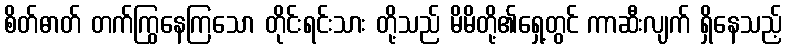
စိတ်ဓာတ် တက်ကြွနေကြသော တိုင်းရင်းသား တို့သည် မိမိတို့၏ရှေ့တွင် ကာဆီးလျက် ရှိနေသည့်